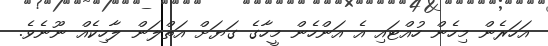
އަހަރެން މިހެން ހުއްޓައި އެ އަންހެން މީހާގެ ގަޔަށް އަތްލަން ލާހިކެއް ނޫނެވެ.